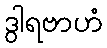
ဒွါရဗာဟံ